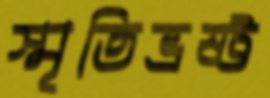
স্মৃতিভ্রষ্ট